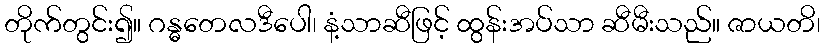
တိုက်တွင်း၍။ ဂန္ဓတေလဒီပေါ၊ နံ့သာဆီဖြင့် ထွန်းအပ်သာ ဆီမီးသည်။ ဇာယတိ၊